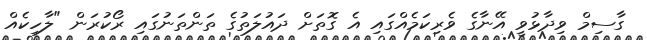
ގާސިމް ވިދާޅުވީ އޭނާގެ ވެރިކަމެއްގައި އެ ގޮތަށް ދައުލަތުގެ ތަންތަނުގައި ރޯކުރަން "ލާހިކެއް